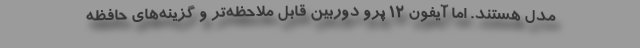
مدل هستند. اما آیفون ۱۲ پرو دوربین قابل ملاحظه‌تر و گزینه‌های حافظه